Problem: 9 - 2 = ?
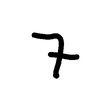
Handwritten answer: 7